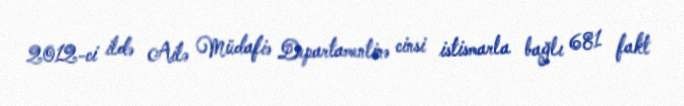
2012-ci ildə Ailə Müdafiə Departamentinə cinsi istismarla bağlı 681 fakt